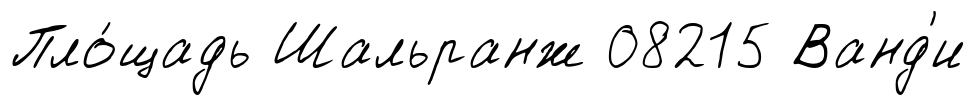
Пло́щадь Шальранж 08215 Ванд'и